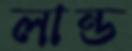
লান্ড